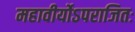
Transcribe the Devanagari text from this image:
महावीर्योऽपराजितः